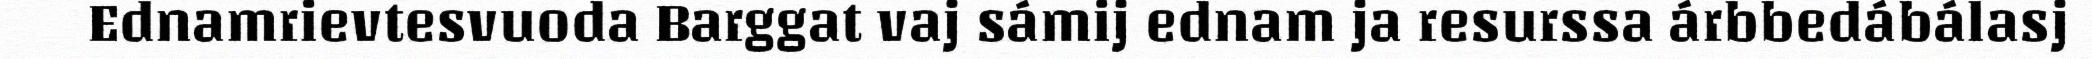
Ednamrievtesvuoda Barggat vaj sámij ednam ja resurssa árbbedábálasj